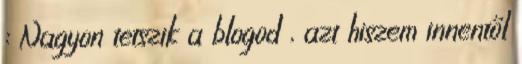
: Nagyon tetszik a blogod , azt hiszem innentől